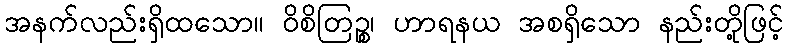
အနက်လည်းရှိထသော။ ဝိစိတြဉ္စ၊ ဟာရနယ အစရှိသော နည်းတို့ဖြင့်